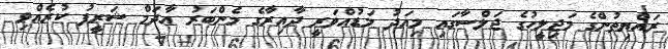
ރައްޔިތުންގެ މަޖިލީހުގެ ޖަލްސާގައި މިއަދު މަޑުއްވަރީ ދާއިރާގެ މެންބަރު އާދަމް ޝަރީފު ކުރެއްވި